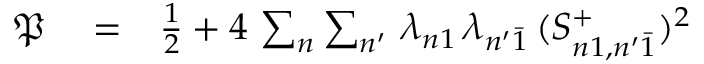
\begin{array} { r l r } { \mathfrak { P } } & { { } = } & { \frac { 1 } { 2 } + 4 \, \sum _ { n } \sum _ { n ^ { \prime } } \, \lambda _ { n 1 } \, \lambda _ { n ^ { \prime } \bar { 1 } } \, ( S _ { n 1 , n ^ { \prime } \bar { 1 } } ^ { + } ) ^ { 2 } } \end{array}